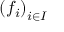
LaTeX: \left( f _ { i } \right) _ { i \in I }